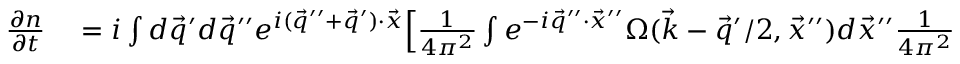
\begin{array} { r l } { \frac { \partial n } { \partial t } } & { { } = i \int d \vec { q } ^ { \prime } d \vec { q } ^ { \prime \prime } e ^ { i ( \vec { q } ^ { \prime \prime } + \vec { q } ^ { \prime } ) \cdot \vec { x } } \Big [ \frac { 1 } { 4 \pi ^ { 2 } } \int e ^ { - i \vec { q } ^ { \prime \prime } \cdot \vec { x } ^ { \prime \prime } } \Omega ( \vec { k } - \vec { q } ^ { \prime } / 2 , \vec { x } ^ { \prime \prime } ) d \vec { x } ^ { \prime \prime } \frac { 1 } { 4 \pi ^ { 2 } } \int e ^ { - i \vec { q } ^ { \prime } \cdot \vec { x } ^ { \prime } } n ( \vec { k } + \vec { q } ^ { \prime \prime } / 2 , \vec { x } ^ { \prime } ) d \vec { x } ^ { \prime } } \end{array}